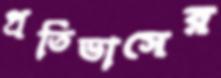
প্রতিভাসের